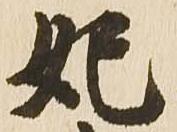
妃